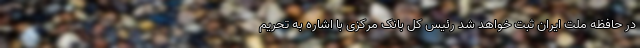
در حافظه ملت ایران ثبت خواهد شد رئیس کل بانک مرکزی با اشاره به تحریم